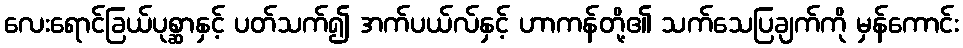
လေးရောင်ခြယ်ပုစ္ဆာနှင့် ပတ်သက်၍ အက်ပယ်လ်နှင့် ဟာကန်တို့၏ သက်သေပြချက်ကို မှန်ကောင်း